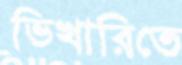
ভিখারিতে